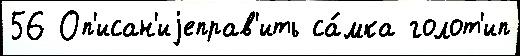
56 Оп'исан'иjеправ'ить са́мка голот'ип